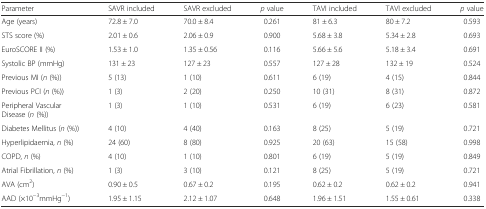
<table><thead><tr><td><b>Parameter</b></td><td><b>SAVR included</b></td><td><b>SAVR excluded</b></td><td><b><i>p</i> value</b></td><td><b>TAVI included</b></td><td><b>TAVI excluded</b></td><td><b><i>p</i> value</b></td></tr></thead><tbody><tr><td>Age (years)</td><td>72.8 ± 7.0</td><td>70.0 ± 8.4</td><td>0.261</td><td>81 ± 6.3</td><td>80 ± 7.2</td><td>0.593</td></tr><tr><td>STS score (%)</td><td>2.01 ± 0.6</td><td>2.06 ± 0.9</td><td>0.900</td><td>5.68 ± 3.8</td><td>5.34 ± 2.8</td><td>0.693</td></tr><tr><td>EuroSCORE II (%)</td><td>1.53 ± 1.0</td><td>1.35 ± 0.56</td><td>0.116</td><td>5.66 ± 5.6</td><td>5.18 ± 3.4</td><td>0.691</td></tr><tr><td>Systolic BP (mmHg)</td><td>131 ± 23</td><td>127 ± 23</td><td>0.557</td><td>127 ± 28</td><td>132 ± 19</td><td>0.524</td></tr><tr><td>Previous MI (<i>n</i> (%))</td><td>5 (13)</td><td>1 (10)</td><td>0.611</td><td>6 (19)</td><td>4 (15)</td><td>0.844</td></tr><tr><td>Previous PCI (<i>n</i> (%))</td><td>1 (3)</td><td>2 (20)</td><td>0.250</td><td>10 (31)</td><td>8 (31)</td><td>0.872</td></tr><tr><td>Peripheral Vascular Disease (<i>n</i> (%))</td><td>1 (3)</td><td>1 (10)</td><td>0.531</td><td>6 (19)</td><td>6 (23)</td><td>0.581</td></tr><tr><td>Diabetes Mellitus (<i>n</i> (%))</td><td>4 (10)</td><td>4 (40)</td><td>0.163</td><td>8 (25)</td><td>5 (19)</td><td>0.721</td></tr><tr><td>Hyperlipidaemia, <i>n</i> (%)</td><td>24 (60)</td><td>8 (80)</td><td>0.925</td><td>20 (63)</td><td>15 (58)</td><td>0.998</td></tr><tr><td>COPD, <i>n</i> (%)</td><td>4 (10)</td><td>1 (10)</td><td>0.801</td><td>6 (19)</td><td>5 (19)</td><td>0.849</td></tr><tr><td>Atrial Fibrillation, <i>n</i> (%)</td><td>1 (3)</td><td>3 (10)</td><td>0.121</td><td>8 (25)</td><td>5 (19)</td><td>0.721</td></tr><tr><td>AVA (cm<sup>2</sup>)</td><td>0.90 ± 0.5</td><td>0.67 ± 0.2</td><td>0.195</td><td>0.62 ± 0.2</td><td>0.62 ± 0.2</td><td>0.941</td></tr><tr><td>AAD (×10<sup>−3</sup>mmHg<sup>−1</sup>)</td><td>1.95 ± 1.15</td><td>2.12 ± 1.07</td><td>0.648</td><td>1.96 ± 1.51</td><td>1.55 ± 0.61</td><td>0.338</td></tr></tbody></table>